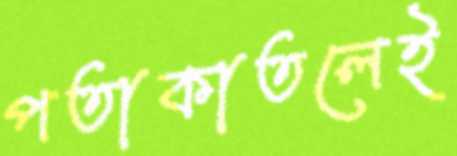
পতাকাতলেই